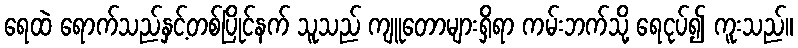
ရေထဲ ရောက်သည်နှင့်တစ်ပြိုင်နက် သူသည် ကျူတောများရှိရာ ကမ်းဘက်သို့ ရေငုပ်၍ ကူးသည်။